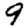
Digit: 9